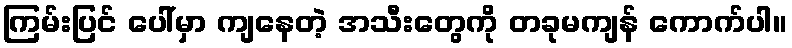
ကြမ်းပြင် ပေါ်မှာ ကျနေတဲ့ အသီးတွေကို တခုမကျန် ကောက်ပါ။